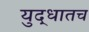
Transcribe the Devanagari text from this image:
युद्धातच